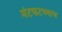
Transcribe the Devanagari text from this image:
मंटफटच्याच